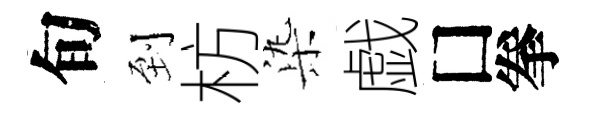
旬到枋𣑱戯□拳